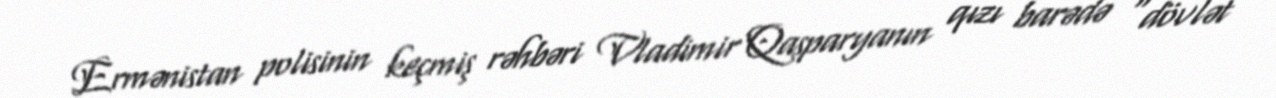
Ermənistan polisinin keçmiş rəhbəri Vladimir Qasparyanın qızı barədə “dövlət